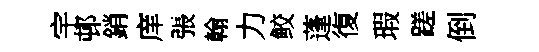
宇邨銷庠張翰力鲛蓬復瑕蹉倒